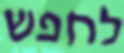
לחפש